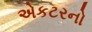
એકટરનો